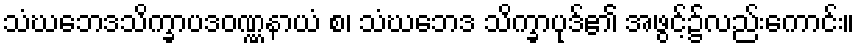
သံဃဘေဒသိက္ခာပဒဝဏ္ဏနာယံ စ၊ သံဃဘေဒ သိက္ခာပုဒ်၏ အဖွင့်၌လည်းကောင်း။